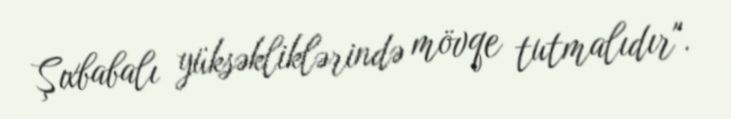
Şıxbabalı yüksəkliklərində mövqe tutmalıdır".